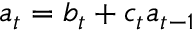
a _ { t } = b _ { t } + c _ { t } a _ { t - 1 }